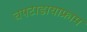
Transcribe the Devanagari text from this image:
चपटाडायाफ्राम